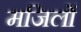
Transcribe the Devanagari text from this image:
मजिलों